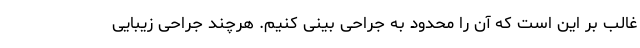
غالب بر این است که آن را محدود به جراحی بینی کنیم. هرچند جراحی زیبایی